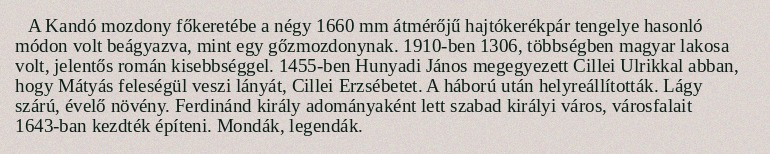
A Kandó mozdony főkeretébe a négy 1660 mm átmérőjű hajtókerékpár tengelye hasonló módon volt beágyazva, mint egy gőzmozdonynak. 1910-ben 1306, többségben magyar lakosa volt, jelentős román kisebbséggel. 1455-ben Hunyadi János megegyezett Cillei Ulrikkal abban, hogy Mátyás feleségül veszi lányát, Cillei Erzsébetet. A háború után helyreállították. Lágy szárú, évelő növény. Ferdinánd király adományaként lett szabad királyi város, városfalait 1643-ban kezdték építeni. Mondák, legendák.